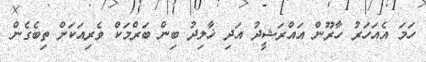
ހަމަ އެއަހަރު ހާރޫން އައްރަޝީދު އަދި ޚާލިދު ބިން ބަރްމަކް ވެރިއަކަށް ތިބެގެން